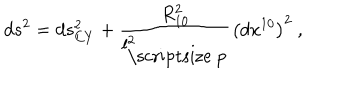
LaTeX: d s ^ { 2 } = d s _ { C Y } ^ { 2 } + { \frac { R _ { 1 0 } ^ { 2 } } { l _ { \mathrm { \scriptsize ~ p } } ^ { 2 } } } \left( d x ^ { 1 0 } \right) ^ { 2 } ~ ,